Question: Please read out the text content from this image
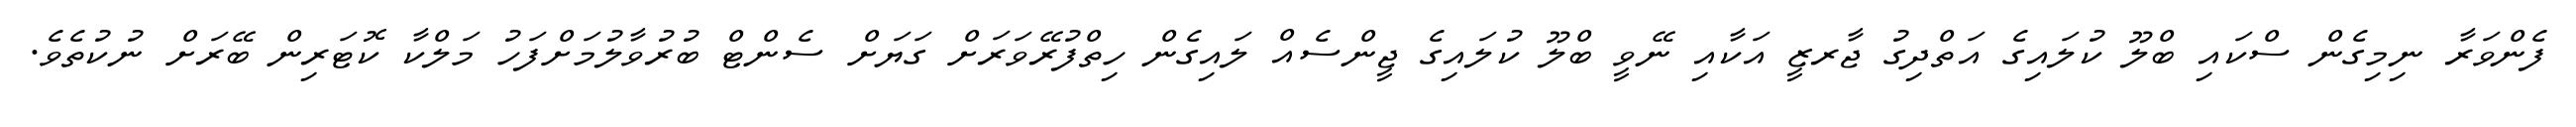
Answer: ފެންވަރާ ނިމިގެން ސްކައި ބްލޫ ކުލައިގެ އަތްދިގު ޖާރޒީ އަކާއި ނޭވީ ބްލޫ ކުލައިގެ ޖީންސެއް ލައިގެން ހިތްފުރޭވަރަށް ގަޔަށް ސެންޓް ބުރުވާލުމަށްފަހު މަލްކާ ކޮޓަރިން ބޭރަށް ނުކުތެވެ.